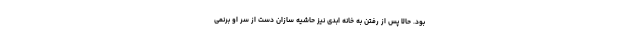
بود. حالا پس از رفتن به خانه ابدی نیز حاشیه سازان دست از سر او برنمی